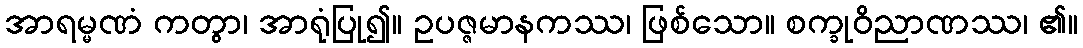
အာရမ္မဏံ ကတွာ၊ အာရုံပြု၍။ ဥပဇ္ဇမာနကဿ၊ ဖြစ်သော။ စက္ခုဝိညာဏဿ၊ ၏။